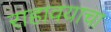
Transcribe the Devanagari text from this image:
राहावयाचा